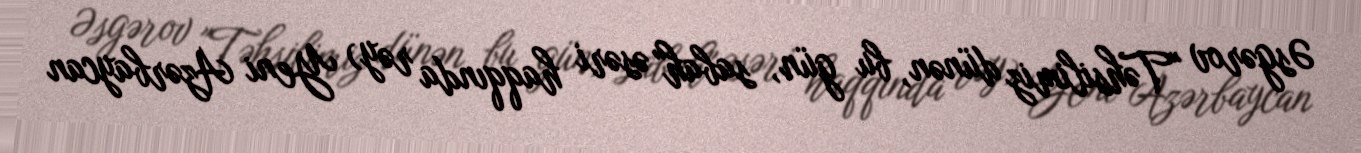
Əsgərov "Təhsilimiz dünən, bu gün, sabah" əsəri haqqında rəy) Yeni Azərbaycan